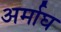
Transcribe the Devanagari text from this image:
अर्माघ